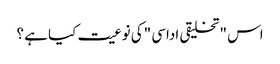
اس "تخلیقی اداسی "کی نوعیت کیا ہے ؟